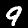
Label: 9